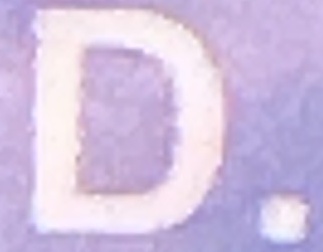
D.